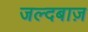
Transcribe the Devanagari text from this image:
जल्दबाज़